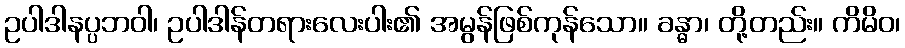
ဥပါဒါနပ္ပဘဝါ၊ ဥပါဒါန်တရားလေးပါး၏ အမွန်ဖြစ်ကုန်သော။ ခန္ဓာ၊ တို့တည်း။ ကိမိဝ၊